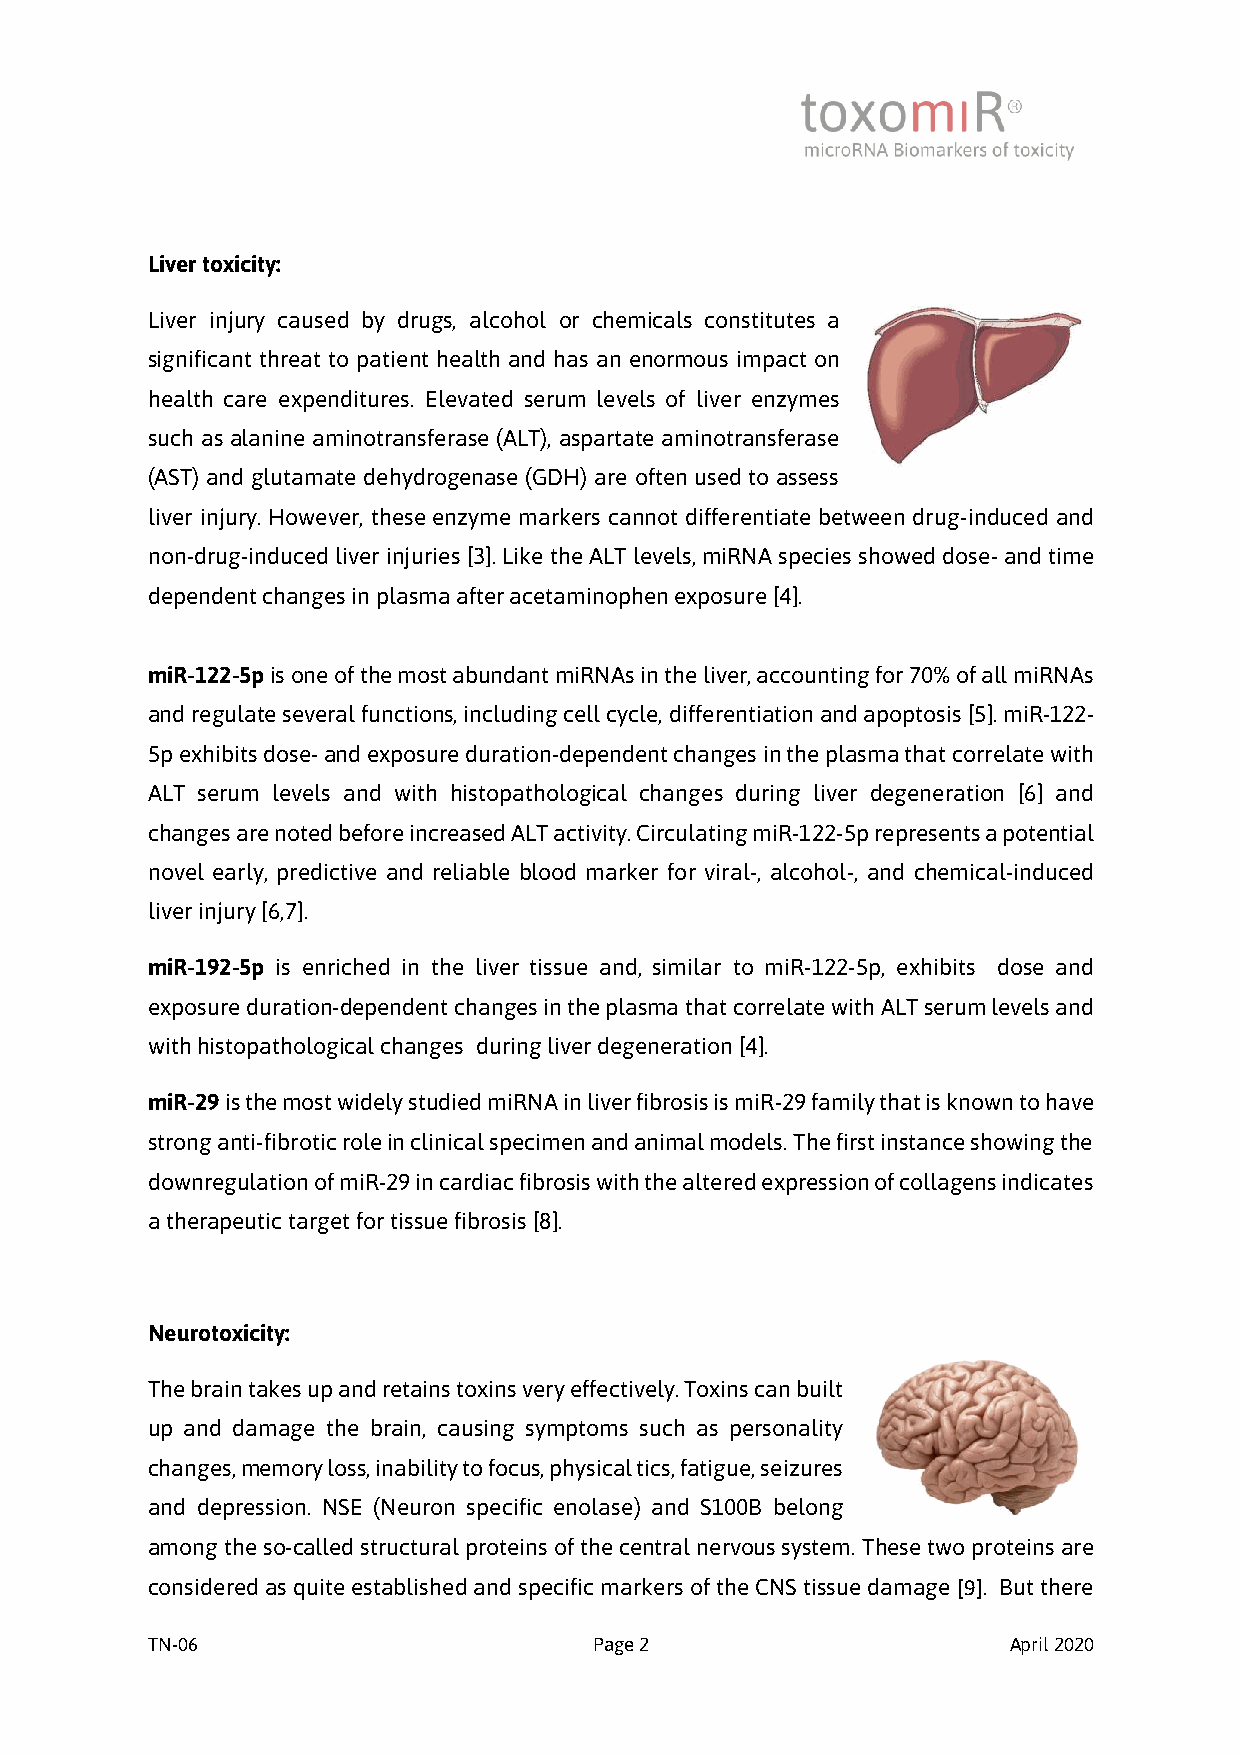
Liver toxicity:
 Liver injury caused by drugs, alcohol or chemicals constitutes a
 significant threat to patient health and has an enormous impact on
 health care expenditures. Elevated serum levels of liver enzymes
 such as alanine aminotransferase (ALT), aspartate aminotransferase
 (AST) and glutamate dehydrogenase (GDH) are often used to assess
 liver injury. However, these enzyme markers cannot differentiate between drug-induced and
 non-drug-induced liver injuries [3]. Like the ALT levels, miRNA species showed dose- and time
 dependent changes in plasma after acetaminophen exposure [4].
 miR-122-5p is one of the most abundant miRNAs in the liver, accounting for 70% of all miRNAs
 and regulate several functions, including cell cycle, differentiation and apoptosis [5]. miR-122-
 5p exhibits dose- and exposure duration-dependent changes in the plasma that correlate with
 ALT serum levels and with histopathological changes during liver degeneration [6] and
 changes are noted before increased ALT activity. Circulating miR-122-5p represents a potential
 novel early, predictive and reliable blood marker for viral-, alcohol-, and chemical-induced
 liver injury [6,7].
 miR-192-5p is enriched in the liver tissue and, similar to miR-122-5p, exhibits dose and
 exposure duration-dependent changes in the plasma that correlate with ALT serum levels and
 with histopathological changes during liver degeneration [4].
 miR-29 is the most widely studied miRNA in liver fibrosis is miR-29 family that is known to have
 strong anti-fibrotic role in clinical specimen and animal models. The first instance showing the
 downregulation of miR-29 in cardiac fibrosis with the altered expression of collagens indicates
 a therapeutic target for tissue fibrosis [8].
 Neurotoxicity:
 The brain takes up and retains toxins very effectively. Toxins can built
 up and damage the brain, causing symptoms such as personality
 changes, memory loss, inability to focus, physical tics, fatigue, seizures
 and depression. NSE (Neuron specific enolase) and S100B belong
 among the so-called structural proteins of the central nervous system. These two proteins are
 considered as quite established and specific markers of the CNS tissue damage [9]. But there
 TN-06                        Page 2                      April 2020